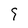
Character: 9